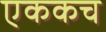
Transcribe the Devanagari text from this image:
एककच